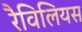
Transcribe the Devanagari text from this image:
रैविलियस